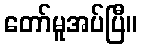
တော်မူအပ်ပြီ။